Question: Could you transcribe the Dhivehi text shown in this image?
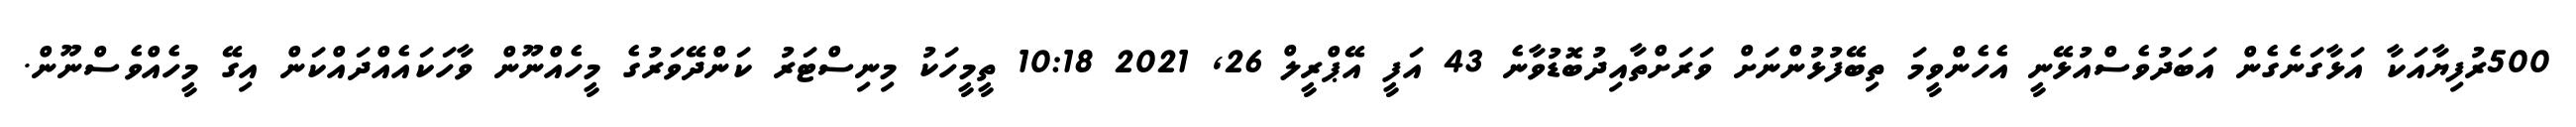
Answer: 500ރުފިޔާއަކާ އަޅާގަނެގެން އަބަދުވެސްއުޅޭނީ އެހެންވީމަ ތިބޭފުޅުންނަށް ވަރަށްތާއިދުބޮޑުވާނެ 43 އަފީ އޭޕްރީލް 26, 2021 10:18 ތީމީހަކު މިނިސްޓަރު ކަންދޭވަރުގެ މީހެއްނޫން ވާހަކައެއްދައްކަން އިގޭ މީހެއްވެސްނޫން.